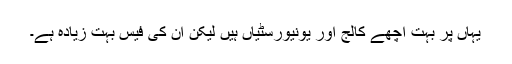
یہاں پر بہت اچھے کالج اور یونیورسٹیاں ہیں لیکن ان کی فیس بہت زیادہ ہے۔